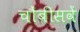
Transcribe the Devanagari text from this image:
चौंबीसवें